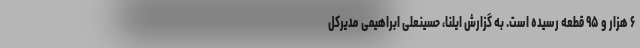
۶ هزار و ۹۵ قطعه رسیده است. به گزارش ایلنا، حسینعلی ابراهیمی مدیرکل